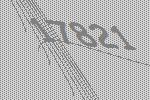
17821